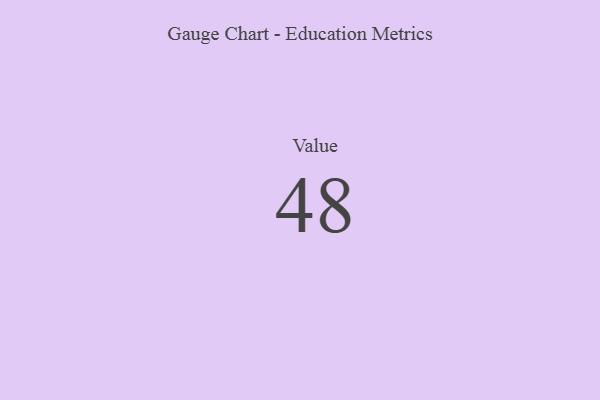
{"axis": {"x": "Metric", "y": "Value"}, "legend": [""], "data": [{"x": "Value", "y": 48, "type": ""}]}